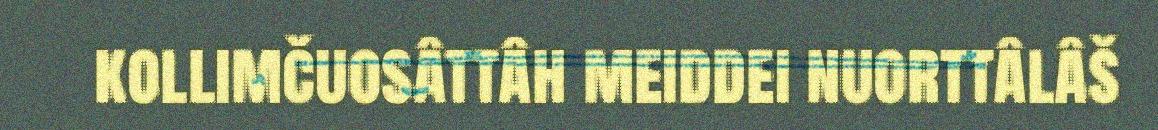
kollimčuosâttâh meiddei nuorttâlâš